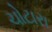
ચોટારા